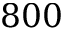
8 0 0